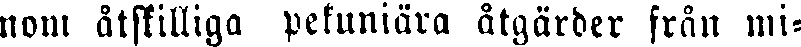
nom åtskilliga pekuniära åtgärder från mi-